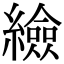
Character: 䌞